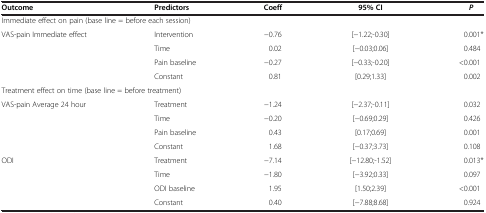
<table><thead><tr><td><b>Outcome</b></td><td><b>Predictors</b></td><td><b>Coeff</b></td><td><b>95% CI</b></td><td><b><i>P</i></b></td></tr></thead><tbody><tr><td colspan="5">Immediate effect on pain (base line = before each session)</td></tr><tr><td rowspan="4">VAS-pain Immediate effect</td><td>Intervention</td><td>−0.76</td><td>[−1.22;-0.30]</td><td>0.001*</td></tr><tr><td>Time</td><td>0.02</td><td>[−0.03;0.06]</td><td>0.484</td></tr><tr><td>Pain baseline</td><td>−0.27</td><td>[−0.33;-0.20]</td><td>&lt;0.001</td></tr><tr><td>Constant</td><td>0.81</td><td>[0.29;1.33]</td><td>0.002</td></tr><tr><td colspan="5">Treatment effect on time (base line = before treatment)</td></tr><tr><td rowspan="4">VAS-pain Average 24 hour</td><td>Treatment</td><td>−1.24</td><td>[−2.37;-0.11]</td><td>0.032</td></tr><tr><td>Time</td><td>−0.20</td><td>[−0.69;0.29]</td><td>0.426</td></tr><tr><td>Pain baseline</td><td>0.43</td><td>[0.17;0.69]</td><td>0.001</td></tr><tr><td>Constant</td><td>1.68</td><td>[−0.37;3.73]</td><td>0.108</td></tr><tr><td rowspan="4">ODI</td><td>Treatment</td><td>−7.14</td><td>[−12.80;-1.52]</td><td>0.013*</td></tr><tr><td>Time</td><td>−1.80</td><td>[−3.92;0.33]</td><td>0.097</td></tr><tr><td>ODI baseline</td><td>1.95</td><td>[1.50;2.39]</td><td>&lt;0.001</td></tr><tr><td>Constant</td><td>0.40</td><td>[−7.88;8.68]</td><td>0.924</td></tr></tbody></table>